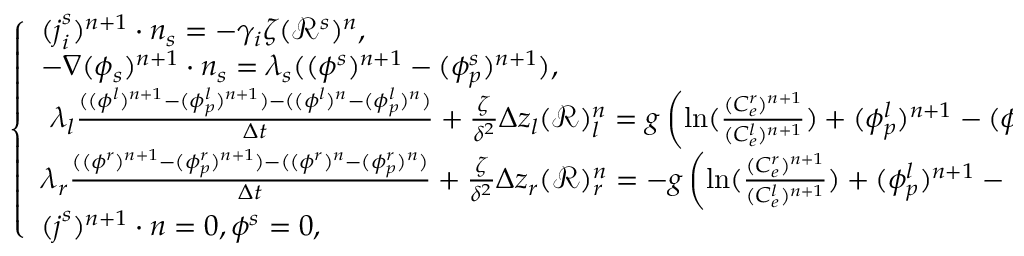
\left\{ \begin{array} { l l } { ( \boldsymbol { j } _ { i } ^ { s } ) ^ { n + 1 } \cdot \boldsymbol { n } _ { s } = - \gamma _ { i } \zeta ( \mathcal { R } ^ { s } ) ^ { n } , } & { \mathrm { ~ o ~ n ~ ~ ~ } \Gamma , } \\ { - \nabla ( \phi _ { s } ) ^ { n + 1 } \cdot \boldsymbol { n } _ { s } = \lambda _ { s } ( ( \phi ^ { s } ) ^ { n + 1 } - ( \phi _ { p } ^ { s } ) ^ { n + 1 } ) , } & { \mathrm { ~ o ~ n ~ ~ ~ } \Gamma , } \\ { ~ \lambda _ { l } \frac { ( ( \phi ^ { l } ) ^ { n + 1 } - ( \phi _ { p } ^ { l } ) ^ { n + 1 } ) - ( ( \phi ^ { l } ) ^ { n } - ( \phi _ { p } ^ { l } ) ^ { n } ) } { \Delta t } + \frac { \zeta } { \delta ^ { 2 } } \Delta z _ { l } ( \mathcal { R } ) _ { l } ^ { n } = g \left( \ln ( \frac { ( C _ { e } ^ { r } ) ^ { n + 1 } } { ( C _ { e } ^ { l } ) ^ { n + 1 } } ) + ( \phi _ { p } ^ { l } ) ^ { n + 1 } - ( \phi _ { p } ^ { r } ) ^ { n + 1 } \right) , } & { \mathrm { ~ o ~ n ~ ~ ~ } \Gamma , } \\ { \lambda _ { r } \frac { ( ( \phi ^ { r } ) ^ { n + 1 } - ( \phi _ { p } ^ { r } ) ^ { n + 1 } ) - ( ( \phi ^ { r } ) ^ { n } - ( \phi _ { p } ^ { r } ) ^ { n } ) } { \Delta t } + \frac { \zeta } { \delta ^ { 2 } } \Delta z _ { r } ( \mathcal { R } ) _ { r } ^ { n } = - g \left( \ln ( \frac { ( C _ { e } ^ { r } ) ^ { n + 1 } } { ( C _ { e } ^ { l } ) ^ { n + 1 } } ) + ( \phi _ { p } ^ { l } ) ^ { n + 1 } - ( \phi _ { p } ^ { r } ) ^ { n + 1 } \right) , } & { \mathrm { ~ o ~ n ~ ~ ~ } \Gamma , } \\ { ( \boldsymbol { j } ^ { s } ) ^ { n + 1 } \cdot \boldsymbol { n } = 0 , \phi ^ { s } = 0 , } & { \mathrm { ~ o ~ n ~ ~ ~ } \partial \Omega / \Gamma , } \end{array} \right.